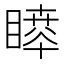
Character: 𥊊